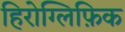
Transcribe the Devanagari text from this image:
हिरोग्लिफ़िक